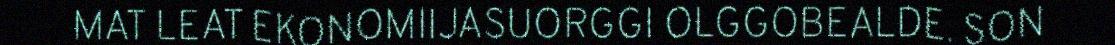
MAT LEAT EKONOMIIJASUORGGI OLGGOBEALDE. SON